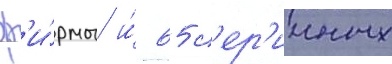
ф'и́рмы и́ 65 с'ер'ииных